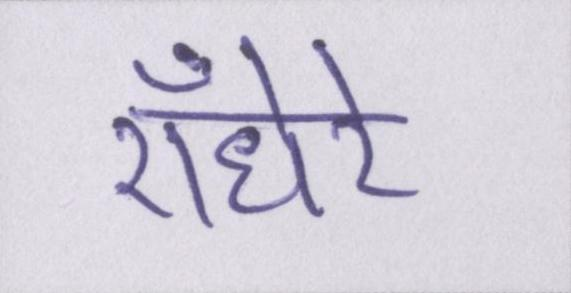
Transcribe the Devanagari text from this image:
ऍंधेरे